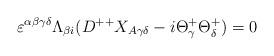
LaTeX: \begin{align*}\varepsilon^{\alpha\beta\gamma\delta}\Lambda_{\beta{i}}(D^{++}X_{A\gamma\delta}-i\Theta^{+}_{\gamma}\Theta^{+}_{\delta})=0\end{align*}